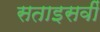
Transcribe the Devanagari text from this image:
सताइसवीं